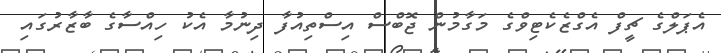
އެޕަލްގެ ޗީފް އެގްޒެކެޓިވްގެ މަގާމުން ޖޮބްސް އިސްތިއުފާ ދިނުމާ އެކު ހިއްސާގެ ބާޒާރުގައި